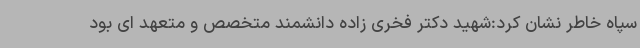
سپاه خاطر نشان کرد:شهید دکتر فخری زاده دانشمند متخصص و متعهد ای بود